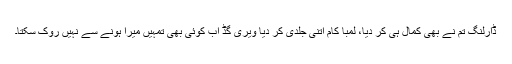
ڈارلنگ تم نے بھی کمال ہی کر دیا، لمبا کام اتنی جلدی کر دیا ویری گڈ اب کوئی بھی تمہیں میرا ہونے سے نہیں روک سکتا۔